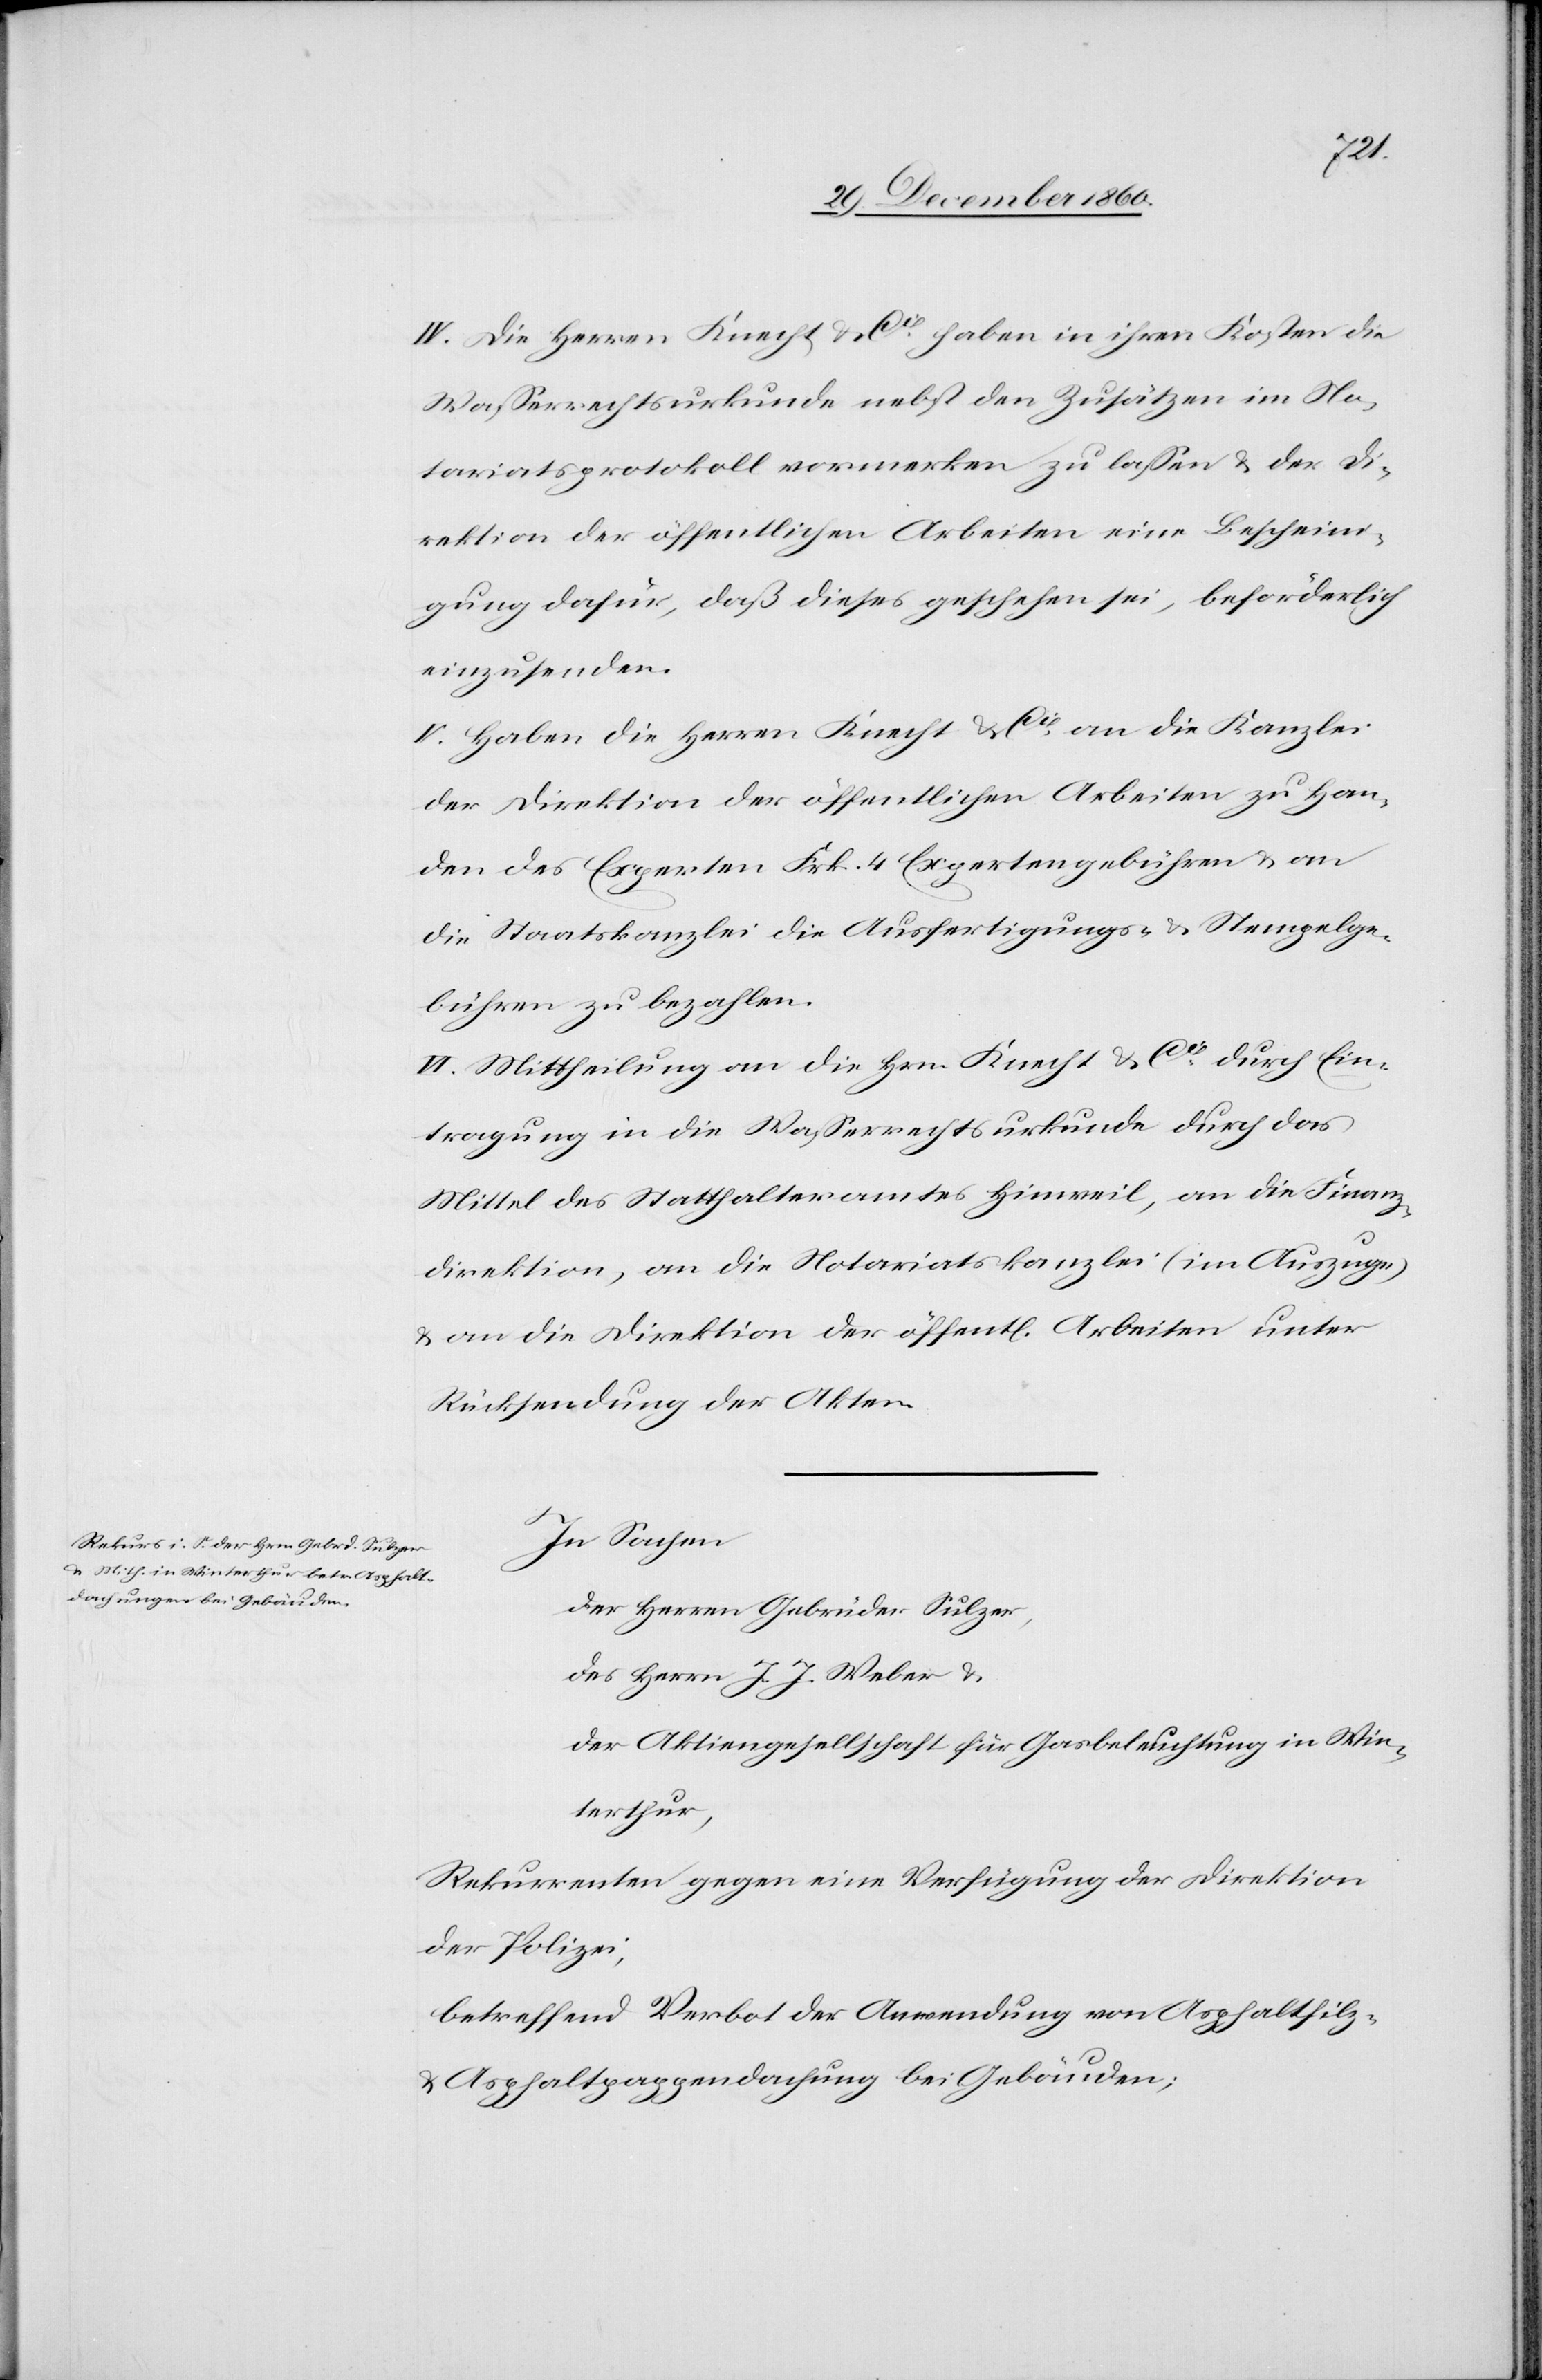
IV. Die Herren Knecht & Cie haben in ihren Kosten die
Wasserrechtsurkunde nebst den Zusätzen im No¬
tariatsprotokoll vormerken zu lassen u. der Di¬
rektion der öffentlichen Arbeiten eine Bescheini¬
gung dafür, daß dieses geschehen sei, beförderlich
einzusenden.
V. Haben die Herren Knecht & Cie an die Kanzlei
der Direktion der öffentlichen Arbeiten zu Han¬
den des Experten Frk. 4 Expertengebühren u. an
die Staatskanzlei die Ausfertigungs- u. Stempelge¬
bühren zu bezahlen.
VI. Mittheilung an die Hrn. Knecht & Cie durch Ein¬
tragung in die Wasserrechtsurkunde durch das
Mittel des Statthalteramtes Hinweil, an die Finanz¬
direktion, an die Notariatskanzlei (im Auszuge)
u. an die Direktion der öffentl. Arbeiten unter
Rücksendung der Akten.
In Sachen
der Herren Gebrüder Sulzer,
des Herrn J. J. Weber u.
der Aktiengesellschaft für Gasbeleuchtung in Win¬
terthur,
Rekurrenten gegen eine Verfügung der Direktion
der Polizei;
betreffend Verbot der Anwendung von Asphaltfilz-
u. Asphaltpappendachung bei Gebäuden